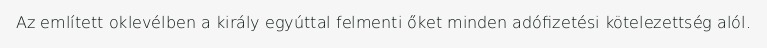
Az említett oklevélben a király egyúttal felmenti őket minden adófizetési kötelezettség alól.